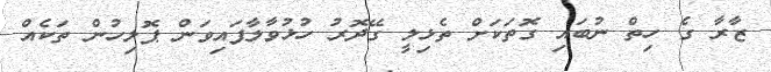
ޒާރާ ގެ ހިތް ނުބައި ގޮތަކަށް ތެޅިލީ ގޭދޮރު ހުޅުވާލާފައިވަން ޕޮލިހުން ތަކެއް